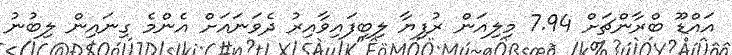
އައްޑޫ ބްރާންޗަށް 7.94 މިލިއަން ރުފިޔާ ލިބިފައިވާއިރު ދެވަނައަށް އެންމެ ގިނައިން ލިބުނު